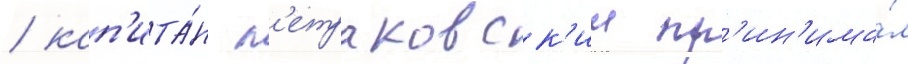
/ кап'ита́н п'етраковск'ии пр'ин'има́л